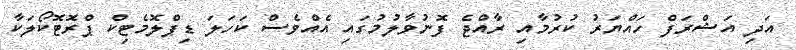
އަދި އަޝްރަފް ހައްޔަރު ކުރުމާއި ރާއްޖެ ފޮނުވާލުމުގައި އެއްވެސް ކަހަލަ ޑިޕްލޮމެޓިކް ޕްރޮޓޮކޯލަކާ